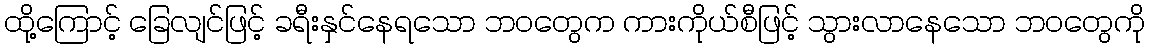
ထို့ကြောင့် ခြေလျင်ဖြင့် ခရီးနှင်နေရသော ဘဝတွေက ကားကိုယ်စီဖြင့် သွားလာနေသော ဘဝတွေကို